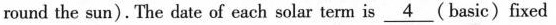
round the sun).The date of each solar term is \underline{4} (basic)fixed